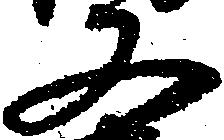
又